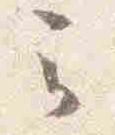
云